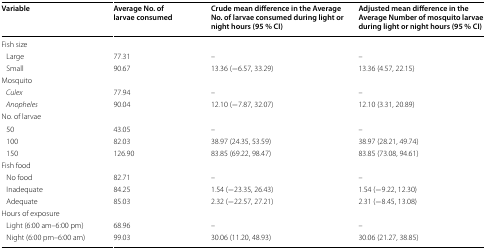
<table><thead><tr><td><b>Variable</b></td><td><b>Average No. of larvae consumed</b></td><td><b>Crude mean difference in the Average No. of larvae consumed during light or night hours (95 % CI)</b></td><td><b>Adjusted mean difference in the Average Number of mosquito larvae during light or night hours (95 % CI)</b></td></tr></thead><tbody><tr><td colspan="4">Fish size</td></tr><tr><td> Large</td><td>77.31</td><td>–</td><td>–</td></tr><tr><td> Small</td><td>90.67</td><td>13.36 (−6.57, 33.29)</td><td>13.36 (4.57, 22.15)</td></tr><tr><td colspan="4">Mosquito</td></tr><tr><td><i> Culex</i></td><td>77.94</td><td>–</td><td>–</td></tr><tr><td><i> Anopheles</i></td><td>90.04</td><td>12.10 (−7.87, 32.07)</td><td>12.10 (3.31, 20.89)</td></tr><tr><td colspan="4">No. of larvae</td></tr><tr><td> 50</td><td>43.05</td><td>–</td><td>–</td></tr><tr><td> 100</td><td>82.03</td><td>38.97 (24.35, 53.59)</td><td>38.97 (28.21, 49.74)</td></tr><tr><td> 150</td><td>126.90</td><td>83.85 (69.22, 98.47)</td><td>83.85 (73.08, 94.61)</td></tr><tr><td colspan="4">Fish food</td></tr><tr><td> No food</td><td>82.71</td><td>–</td><td>–</td></tr><tr><td> Inadequate</td><td>84.25</td><td>1.54 (−23.35, 26.43)</td><td>1.54 (−9.22, 12.30)</td></tr><tr><td> Adequate</td><td>85.03</td><td>2.32 (−22.57, 27.21)</td><td>2.31 (−8.45, 13.08)</td></tr><tr><td colspan="4">Hours of exposure</td></tr><tr><td> Light (6:00 am–6:00 pm)</td><td>68.96</td><td>–</td><td>–</td></tr><tr><td> Night (6:00 pm–6:00 am)</td><td>99.03</td><td>30.06 (11.20, 48.93)</td><td>30.06 (21.27, 38.85)</td></tr></tbody></table>